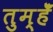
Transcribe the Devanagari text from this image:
तुम्हेँ